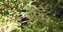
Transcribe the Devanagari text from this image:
सौयर